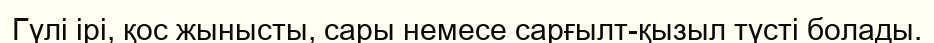
Гүлі ірі, қос жынысты, сары немесе сарғылт-қызыл түсті болады.